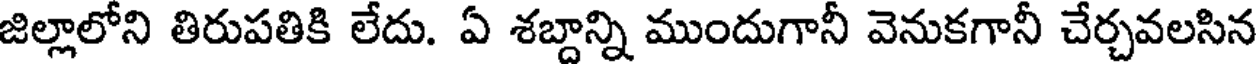
జిల్లాలోని తిరుపతికి లేదు. ఏ శబ్దాన్ని ముందుగానీ వెనుకగానీ చేర్చవలసిన